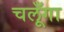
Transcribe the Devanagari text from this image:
चलूँगा